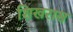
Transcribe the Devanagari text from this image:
शिखरास